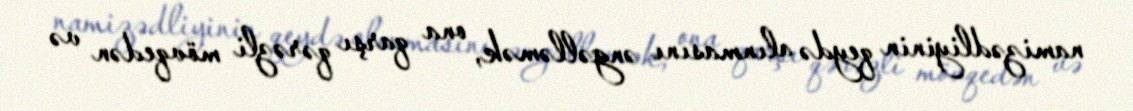
namizədliyinin qeydə alınmasını əngəlləmək, ona qarşı qərəzli mövqedən və